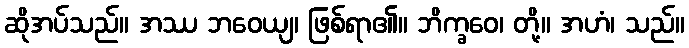
ဆိုအပ်သည်။ အဿ ဘဝေယျ၊ ဖြစ်ရာ၏။ ဘိက္ခဝေ၊ တို့။ အဟံ၊ သည်။